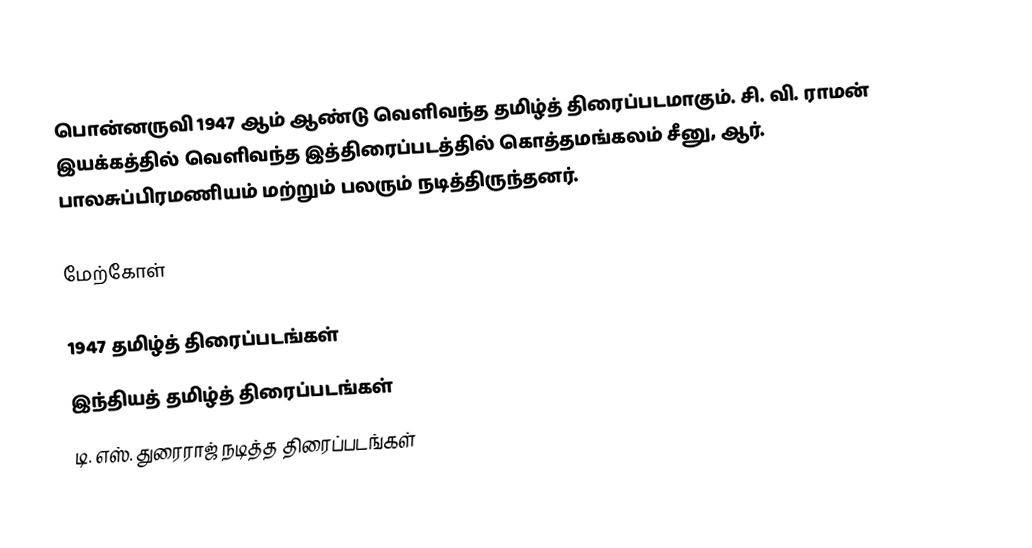
பொன்னருவி 1947 ஆம் ஆண்டு வெளிவந்த தமிழ்த் திரைப்படமாகும். சி. வி. ராமன் இயக்கத்தில் வெளிவந்த இத்திரைப்படத்தில் கொத்தமங்கலம் சீனு, ஆர். பாலசுப்பிரமணியம் மற்றும் பலரும் நடித்திருந்தனர்.

மேற்கோள்

1947 தமிழ்த் திரைப்படங்கள்
இந்தியத் தமிழ்த் திரைப்படங்கள்
டி. எஸ். துரைராஜ் நடித்த திரைப்படங்கள்